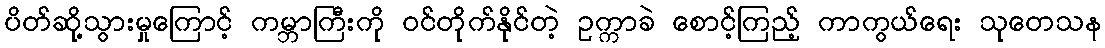
ပိတ်ဆို့သွားမှုကြောင့် ကမ္ဘာကြီးကို ဝင်တိုက်နိုင်တဲ့ ဥက္ကာခဲ စောင့်ကြည့် ကာကွယ်ရေး သုတေသန